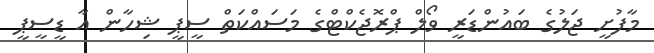
މާފުށީ ޖަލުގެ ބައުންޑަރީ ވޯލް ޕްރޮޖެކްޓްގެ މަސައްކަތް ސީޕީ ޝިހާން އާ ޑީސީޕީ